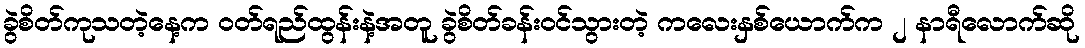
ခွဲစိတ်ကုသတဲ့နေ့က ဝတ်ရည်ထွန်းနဲ့အတူ ခွဲစိတ်ခန်းဝင်သွားတဲ့ ကလေးနှစ်ယောက်က ၂ နာရီလောက်ဆို